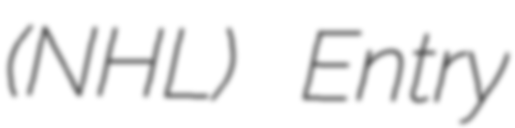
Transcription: (NHL) Entry